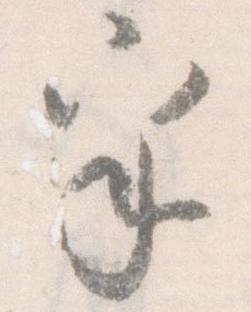
乎